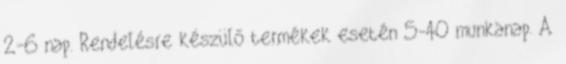
2-6 nap. Rendelésre készülő termékek esetén 5-40 munkanap. A